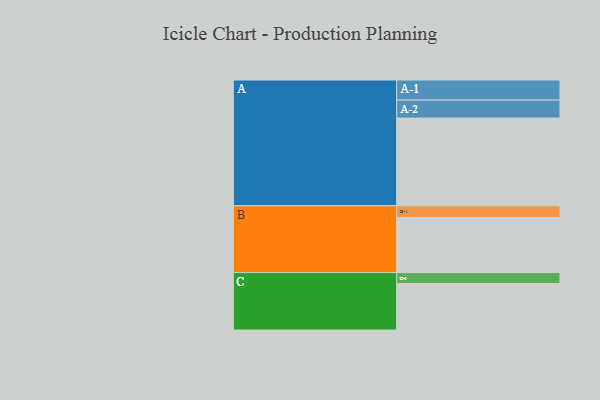
{"axis": {"x": "Segment", "y": "Value"}, "legend": ["", "A", "B", "C"], "data": [{"x": "A", "y": 567, "type": ""}, {"x": "B", "y": 356, "type": ""}, {"x": "C", "y": 300, "type": ""}, {"x": "A-1", "y": 130, "type": "A"}, {"x": "A-2", "y": 116, "type": "A"}, {"x": "B-1", "y": 76, "type": "B"}, {"x": "C-1", "y": 71, "type": "C"}]}